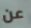
عن